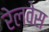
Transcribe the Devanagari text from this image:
रेलवेस